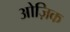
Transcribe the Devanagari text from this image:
ओज़िक